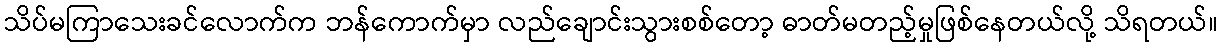
သိပ်မကြာသေးခင်လောက်က ဘန်ကောက်မှာ လည်ချောင်းသွားစစ်တော့ ဓာတ်မတည့်မှုဖြစ်နေတယ်လို့ သိရတယ်။